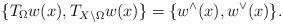
LaTeX: \begin{align*}\{T_{\Omega} w(x), T_{X\setminus\Omega}w(x)\}=\{w^{\wedge}(x), w^{\vee}(x)\}.\end{align*}